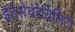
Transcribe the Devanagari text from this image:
इंटेरोपरेबिलिटी